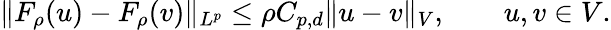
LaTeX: \Vert F_{\rho}(u)-F_{\rho}(v)\Vert_{L^{p}}\leq\rho C_{p,d}\Vert u-v\Vert_{V},\qquad u,v\in V.